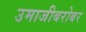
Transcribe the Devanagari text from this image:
उमाजीबरोबर